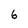
Character: 6